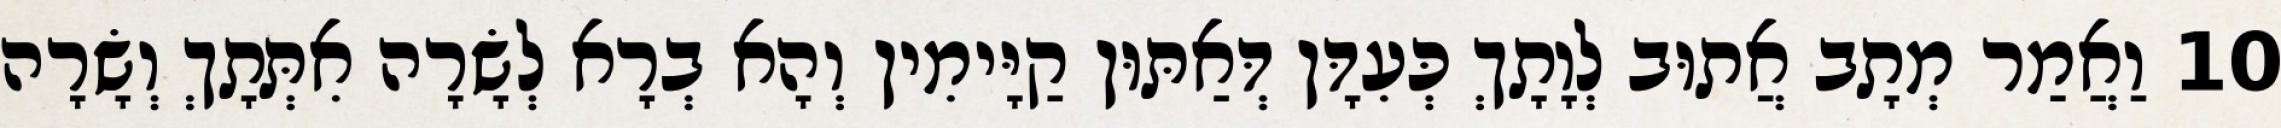
10 וַאֲמַר מְתָב אֲתוּב לְוָתָךְ כְּעִדָּן דְּאַתּוּן קַיָּימִין וְהָא בְרָא לְשָׂרָה אִתְּתָךְ וְשָׂרָה